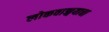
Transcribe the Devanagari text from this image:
लोकवाङ्मयाचा